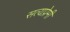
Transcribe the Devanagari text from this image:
सत्यप्रेमी